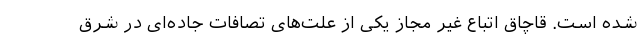
شده است. قاچاق اتباع غیر مجاز یکی از علت‌های تصافات جاده‌ای در شرق